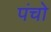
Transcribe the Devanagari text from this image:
पंचो